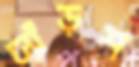
ঢ্যাঁড়শ